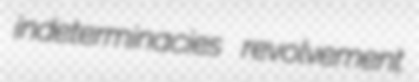
indeterminacies revolvement